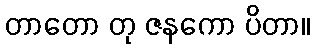
တာတော တု ဇနကော ပိတာ။